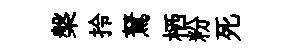
槃拎駑栖粉死